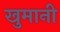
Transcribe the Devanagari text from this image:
खुमानी